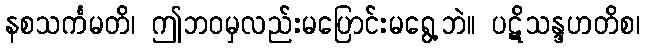
နစသင်္ကမတိ၊ ဤဘဝမှလည်းမပြောင်းမရွေ့ဘဲ။ ပဋိသန္ဒဟတိစ၊